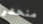
منحدر